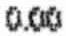
0.00